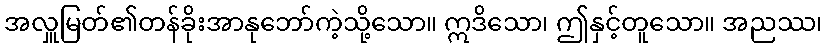
အလှူမြတ်၏တန်ခိုးအာနုဘော်ကဲ့သို့သော။ ဣဒိသော၊ ဤနှင့်တူသော။ အညဿ၊